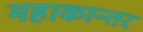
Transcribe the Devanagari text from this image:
महाकान्तर